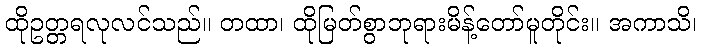
ထိုဥတ္တရလုလင်သည်။ တထာ၊ ထိုမြတ်စွာဘုရားမိန့်တော်မူတိုင်း။ အကာသိ၊